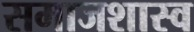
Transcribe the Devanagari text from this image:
समाजशास्व